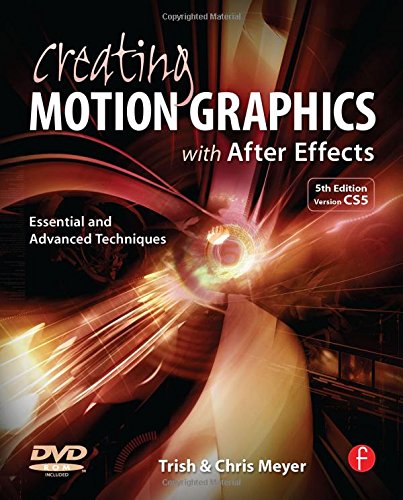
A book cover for Creating Motion Graphics with After Effects: Essential and Advanced Techniques, 5th Edition, Version CS5; Chris Meyer; Computers & Technology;